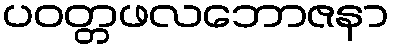
ပဝတ္တဖလဘောဇနာ